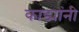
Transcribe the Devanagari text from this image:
काड्यांनी